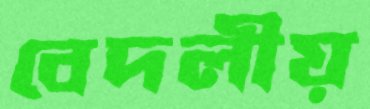
বেদলীয়